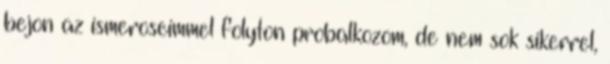
bejon az ismeroseimmel folyton probalkozom, de nem sok sikerrel,